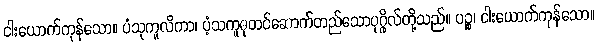
ငါးယောက်ကုန်သော။ ပံသုကူလိကာ၊ ပံ့သကူဓုတင်ဆောက်တည်သောပုဂ္ဂိုလ်တို့သည်။ ပဉ္စ၊ ငါးယောက်ကုန်သော။